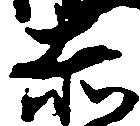
赤